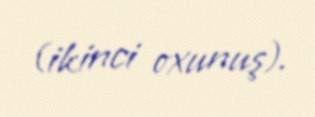
(ikinci oxunuş).